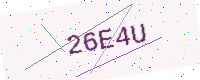
Text: 26E4U